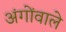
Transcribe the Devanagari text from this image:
अंगोंवाले